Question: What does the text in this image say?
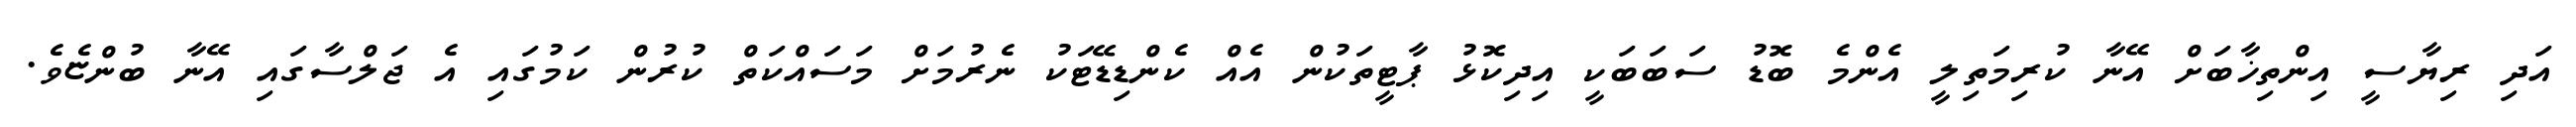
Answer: އަދި ރިޔާސީ އިންތިޚާބަށް އޭނާ ކުރިމަތިލީ އެންމެ ބޮޑު ސަބަބަކީ އިދިކޮޅު ޕާޓީތަކުން އެއް ކެންޑިޑޭޓަކު ނެރުމަށް މަސައްކަތް ކުރުން ކަމުގައި އެ ޖަލްސާގައި އޭނާ ބުންޏެވެ.